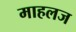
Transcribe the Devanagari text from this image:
माहलज